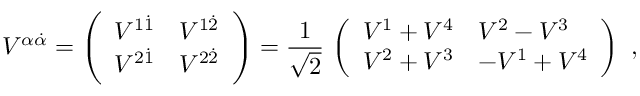
V ^ { \alpha \dot { \alpha } } = \left( \begin{array} { l l } { { V ^ { 1 \dot { 1 } } } } & { { V ^ { 1 \dot { 2 } } } } \\ { { V ^ { 2 \dot { 1 } } } } & { { V ^ { 2 \dot { 2 } } } } \end{array} \right) = { \frac { 1 } { \sqrt 2 } } \, \left( \begin{array} { l l } { { V ^ { 1 } + V ^ { 4 } } } & { { V ^ { 2 } - V ^ { 3 } } } \\ { { V ^ { 2 } + V ^ { 3 } } } & { { - V ^ { 1 } + V ^ { 4 } } } \end{array} \right) \ ,